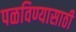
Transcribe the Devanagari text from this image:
पळविण्यासाठी